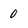
Character: 0